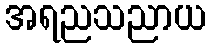
အရညသညာယ